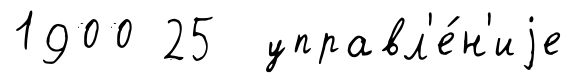
1900 25 управл'е́н'иjе